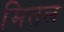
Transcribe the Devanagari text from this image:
मितल